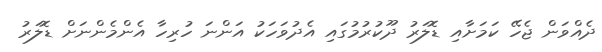
ދެއްވަން ޖެހޭ ކަމަށާއި ޑޮލަރު ދޫކުރުމުގައި އެދުވަހަކު އަންނަ ހުރިހާ އެންމެންނަށް ޑޮލަރު